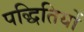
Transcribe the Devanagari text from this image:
पद्धितियों